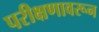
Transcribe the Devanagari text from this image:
परीक्षणावरून